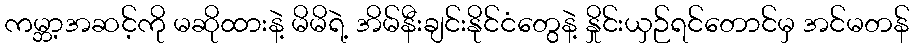
ကမ္ဘာ့အဆင့်ကို မဆိုထားနဲ့ မိမိရဲ့ အိမ်နီးချင်းနိုင်ငံတွေနဲ့ နှိုင်းယှဉ်ရင်တောင်မှ အင်မတန်